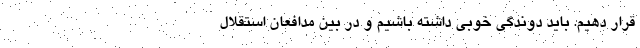
قرار دهیم. باید دوندگی خوبی داشته باشیم و در بین مدافعان استقلال